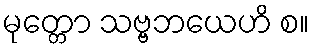
မုတ္တော သဗ္ဗဘယေဟိ စ။